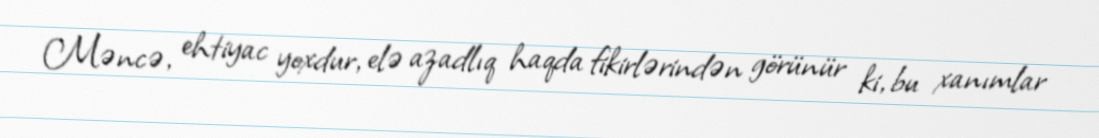
Məncə, ehtiyac yoxdur, elə azadlıq haqda fikirlərindən görünür ki, bu xanımlar